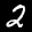
Label: 2